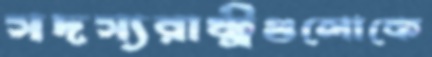
সদস্যরাষ্ট্রগুলোকে